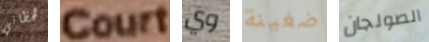
لحظاتي Court وي ضغينة الصولجان